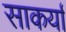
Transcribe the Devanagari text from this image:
साकर्या